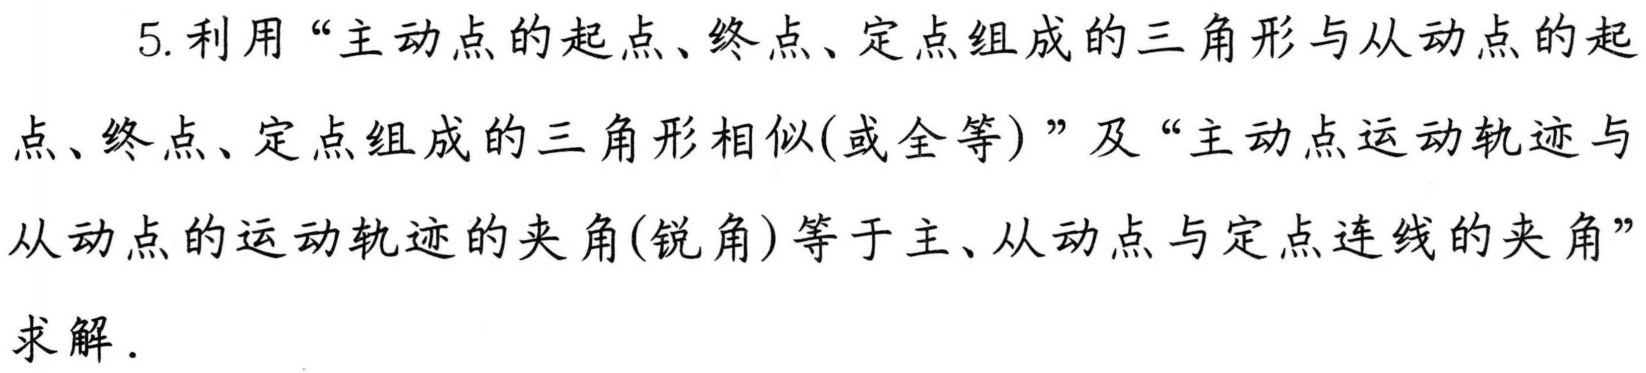
5. 利用“主动点的起点、终点、定点组成的三角形与从动点的起点、终点、定点组成的三角形相似(或全等)”及“主动点运动轨迹与从动点的运动轨迹的夹角(锐角)等于主、从动点与定点连线的夹角”求解.